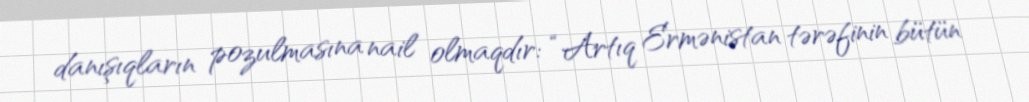
danışıqların pozulmasına nail olmaqdır: “Artıq Ermənistan tərəfinin bütün